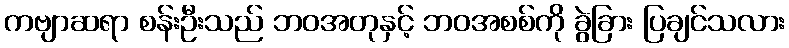
ကဗျာဆရာ စန်းဦးသည် ဘဝအတုနှင့် ဘဝအစစ်ကို ခွဲခြား ပြချင်သလား